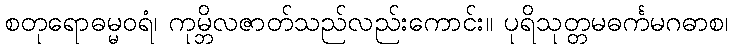
စတုရောဓမ္မဝရံ၊ ကုမ္ဘိလဇာတ်သည်လည်းကောင်း။ ပုရိသုတ္တမဓင်္ကမဂဓာစ၊